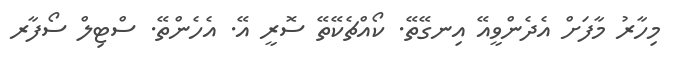
މިހާރު މާފަށް އެދެންވީއޭ އިނގޭތޭ. ކޯއްޗެކޭތޭ ސޮރީ އޭ. އެހެންތޭ. ސްޓިލް ސޯފާރ